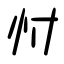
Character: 忖